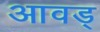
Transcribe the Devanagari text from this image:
आवड्